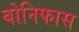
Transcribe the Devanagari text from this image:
बोनिफास